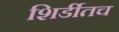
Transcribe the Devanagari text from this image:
शिर्डीतच